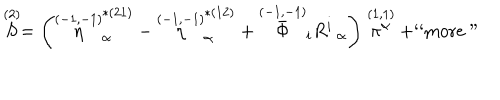
\stackrel { ( 2 ) } { S } = \left( \stackrel { ( - 1 , - 1 ) } { \eta } _ { \alpha } ^ { * ( 2 1 ) } - \stackrel { ( - 1 , - 1 ) } { \eta } _ { \alpha } ^ { * ( 1 2 ) } + \stackrel { ( - 1 , - 1 ) } { \bar { \Phi } } _ { i } R _ { \; \; \alpha } ^ { i } \right) \stackrel { ( 1 , 1 ) } { \pi ^ { \alpha } } + \mathrm { ` ` m o r e " }